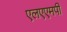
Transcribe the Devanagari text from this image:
एलएएमपी